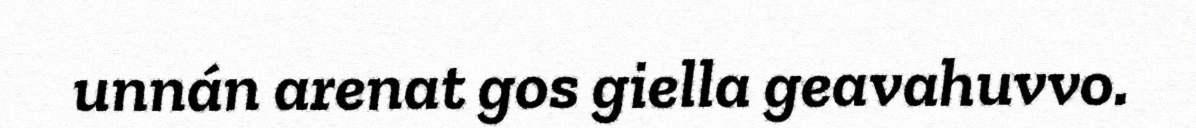
unnán arenat gos giella geavahuvvo.